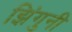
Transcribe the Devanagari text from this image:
झिंगुनी